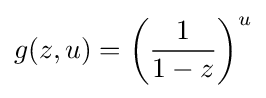
g(z,u)=\left({\frac {1}{1-z}}\right)^{u}